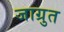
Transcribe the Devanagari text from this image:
जाग्रुत